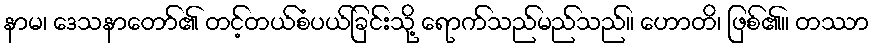
နာမ၊ ဒေသနာတော်၏ တင့်တယ်စံပယ်ခြင်းသို့ ရောက်သည်မည်သည်။ ဟောတိ၊ ဖြစ်၏။ တဿာ